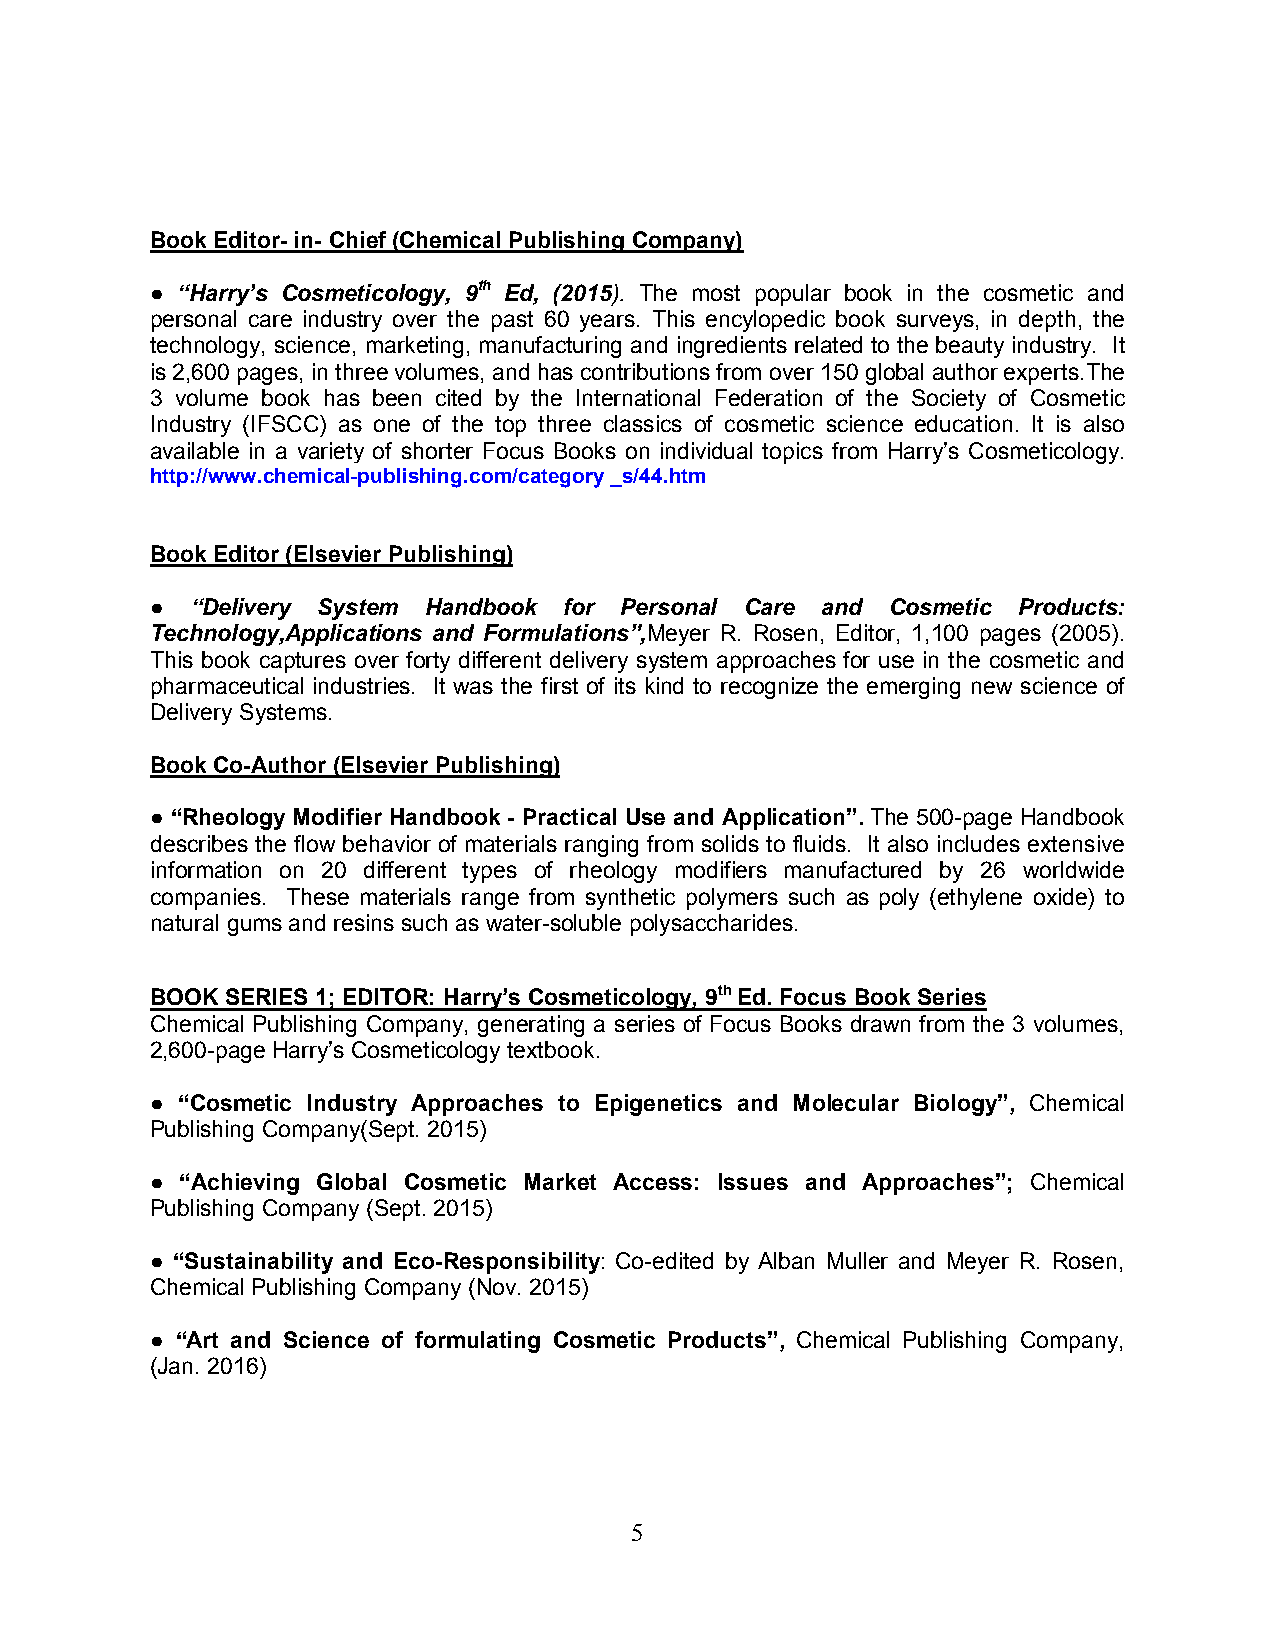
Book Editor- in- Chief (Chemical Publishing Company)
 ● “Harry’s Cosmeticology, 9th Ed, (2015). The most popular book in the cosmetic and
 personal care industry over the past 60 years. This encylopedic book surveys, in depth, the
 technology, science, marketing, manufacturing and ingredients related to the beauty industry. It
 is 2,600 pages, in three volumes, and has contributions from over 150 global author experts.The
 3 volume book has been cited by the International Federation of the Society of Cosmetic
 Industry (IFSCC) as one of the top three classics of cosmetic science education. It is also
 available in a variety of shorter Focus Books on individual topics from Harry’s Cosmeticology.
 http://www.chemical-publishing.com/category _s/44.htm
 Book Editor (Elsevier Publishing)
 ●  “Delivery System Handbook for Personal Care and Cosmetic Products:
 Technology,Applications and Formulations”,Meyer R. Rosen, Editor, 1,100 pages (2005).
 This book captures over forty different delivery system approaches for use in the cosmetic and
 pharmaceutical industries. It was the first of its kind to recognize the emerging new science of
 Delivery Systems.
 Book Co-Author (Elsevier Publishing)
 ● “Rheology Modifier Handbook - Practical Use and Application”. The 500-page Handbook
 describes the flow behavior of materials ranging from solids to fluids. It also includes extensive
 information on 20 different types of rheology modifiers manufactured by 26 worldwide
 companies. These materials range from synthetic polymers such as poly (ethylene oxide) to
 natural gums and resins such as water-soluble polysaccharides.
 BOOK SERIES 1; EDITOR: Harry’s Cosmeticology, 9th Ed. Focus Book Series
 Chemical Publishing Company, generating a series of Focus Books drawn from the 3 volumes,
 2,600-page Harry’s Cosmeticology textbook.
 ● “Cosmetic Industry Approaches to Epigenetics and Molecular Biology”, Chemical
 Publishing Company(Sept. 2015)
 ● “Achieving Global Cosmetic Market Access: Issues and Approaches”; Chemical
 Publishing Company (Sept. 2015)
 ● “Sustainability and Eco-Responsibility: Co-edited by Alban Muller and Meyer R. Rosen,
 Chemical Publishing Company (Nov. 2015)
 ● “Art and Science of formulating Cosmetic Products”, Chemical Publishing Company,
 (Jan. 2016)
 5